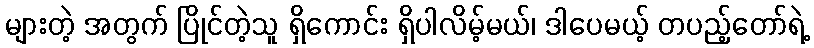
များတဲ့ အတွက် ပြိုင်တဲ့သူ ရှိကောင်း ရှိပါလိမ့်မယ်၊ ဒါပေမယ့် တပည့်တော်ရဲ့